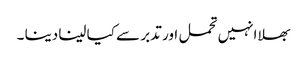
بھلا انہیں تحمل اور تدبر سے کیا لینا دینا ۔